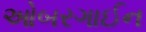
ઓબરગાઈન